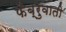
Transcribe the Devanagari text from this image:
फेब्रुवाती